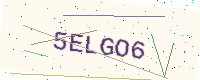
Text: 5ELGO6